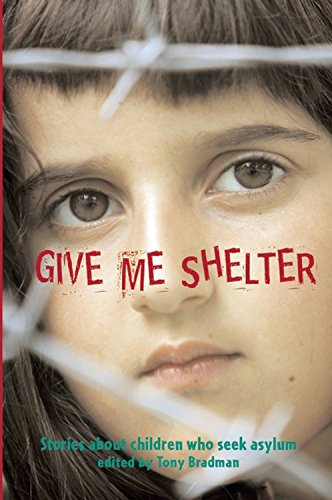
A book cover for Give Me Shelter; Children's Books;